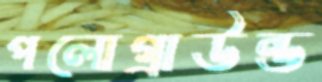
পলোগ্রাউন্ড